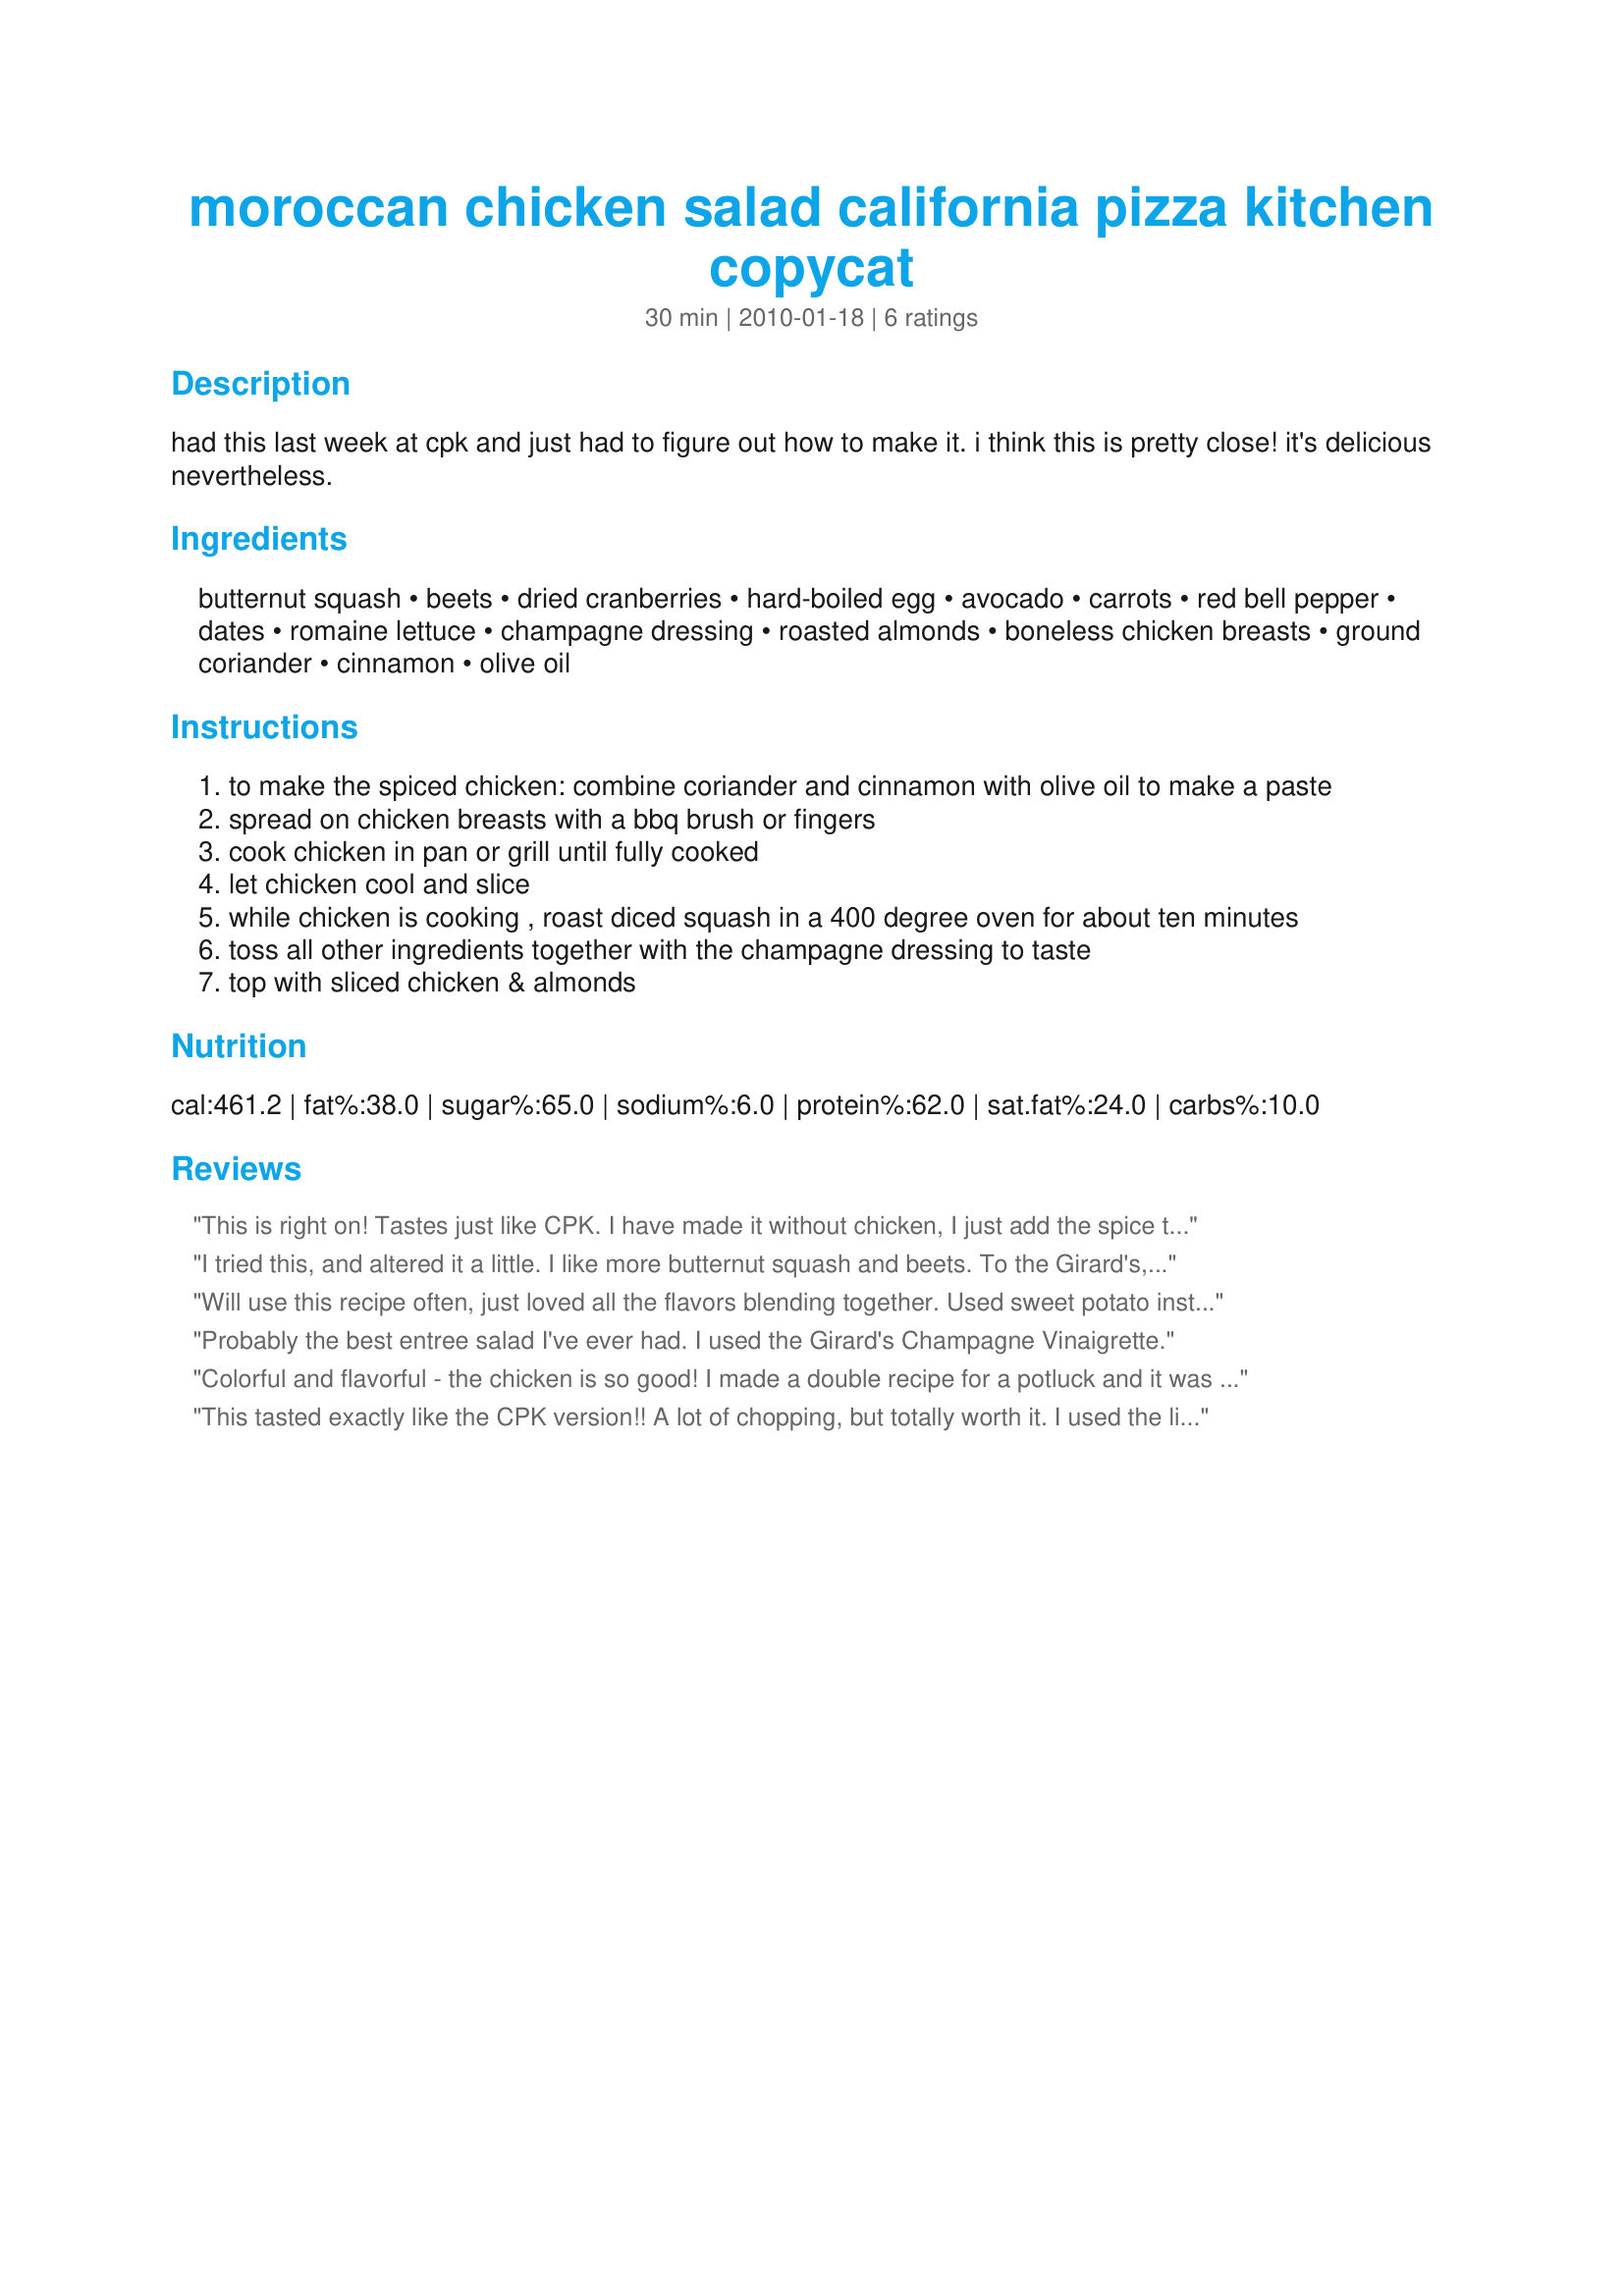
moroccan chicken salad california pizza kitchen copycat
Preparation time: 30 minutes

had this last week at cpk and just had to figure out how to make it. i think this is pretty close! it's delicious nevertheless.

Ingredients:
butternut squash, beets, dried cranberries, hard-boiled egg, avocado, carrots, red bell pepper, dates, romaine lettuce, champagne dressing, roasted almonds, boneless chicken breasts, ground coriander, cinnamon, olive oil

Steps:
to make the spiced chicken: combine coriander and cinnamon with olive oil to make a paste
spread on chicken breasts with a bbq brush or fingers
cook chicken in pan or grill until fully cooked
let chicken cool and slice
while chicken is cooking , roast diced squash in a 400 degree oven for about ten minutes
toss all other ingredients together with the champagne dressing to taste
top with sliced chicken & almonds

Reviews:
This is right on! Tastes just like CPK. I have made it without chicken, I just add the spice to the salad dressing before I pour it on.
I tried this, and altered it a little. I like more butternut squash and beets. To the Girard's, I added some curry powder. Then it tasted more like I remembered. I love this salad!
Will use this recipe often, just loved all the flavors blending together. Used sweet potato instead of squash and used both dates and apricots. Love it.
Probably the best entree salad I've ever had. I used the Girard's Champagne Vinaigrette.
Colorful and flavorful - the chicken is so good! I made a double recipe for a potluck and it was all gone. That says it all!
This tasted exactly like the CPK version!! A lot of chopping, but totally worth it. I used the light version of the dressing. Without the dressing, it also holds up well for a couple of days in the fridge, so it was nice to bring to work for lunches.
